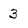
Character: 3